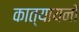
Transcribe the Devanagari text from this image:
कात्यायनों